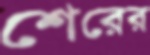
শেরের